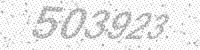
Solution: 503923